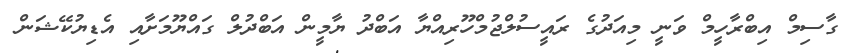
ގާސިމް އިބްރާހީމް ވަނީ މިއަދުގެ ރައީސުލްޖުމްހޫރިއްޔާ އަބްދު ޔާމީން އަބްދުލް ގައްޔޫމަށާއި އެޑިޔުކޭޝަން